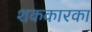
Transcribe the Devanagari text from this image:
शककारका